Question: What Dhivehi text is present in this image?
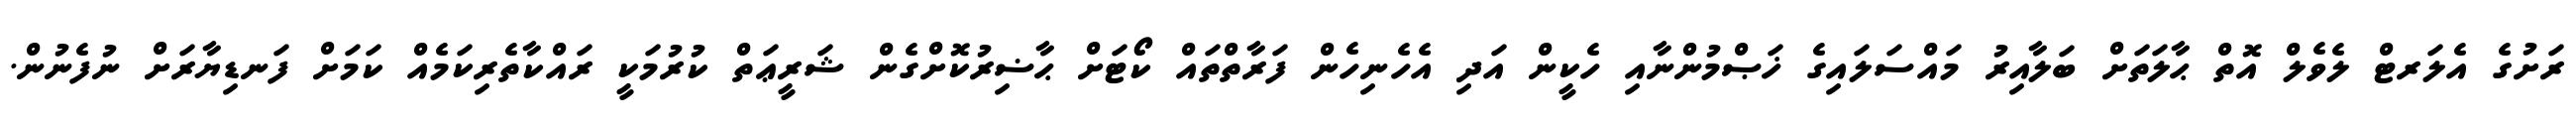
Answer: ރަށުގެ އެލަރޓް ލެވެލް އޮތް ޙާލަތަށް ބަލާއިރު މައްސަލައިގެ ޚަޞްމުންނާއި ހެކީން އަދި އެހެނިހެން ފަރާތްތައް ކޯޓަށް ޙާޟިރުކޮށްގެން ޝަރީޢަތް ކުރުމަކީ ރައްކާތެރިކަމެއް ކަމަށް ފަނޑިޔާރަށް ނުފެނުން.